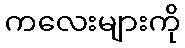
ကလေးများကို